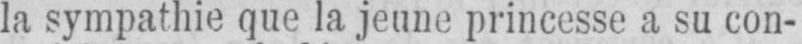
la sympathie que la jeune princesse a su con-